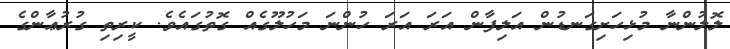
ލޮލުންނާ މުޅިހަށިގަނޑުން އަލިފާން އަރަ އަރަ ހުންނަ މަހުލޫގެއް ގޮތުގައެވެ. ކީރިތި ގުރުޢާންގެ